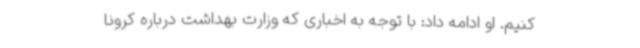
‌کنیم. او ادامه داد: با توجه به اخباری که وزارت بهداشت درباره کرونا